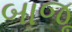
બાજૂ